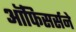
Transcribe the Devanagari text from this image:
ऑफिसर्सने